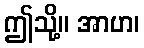
ဤသို့။ အာဟ၊